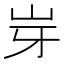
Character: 𡵥